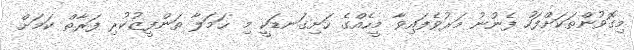
މިގޮވުންތަކަށްފަހު ފެނުނު މަރުވެފައިވާ މީހެއްގެ ހަށިގަނޑަކީ މި ޙަމަލާ ތަންފީޒުކުރި ފަރާތް ކަމަށް